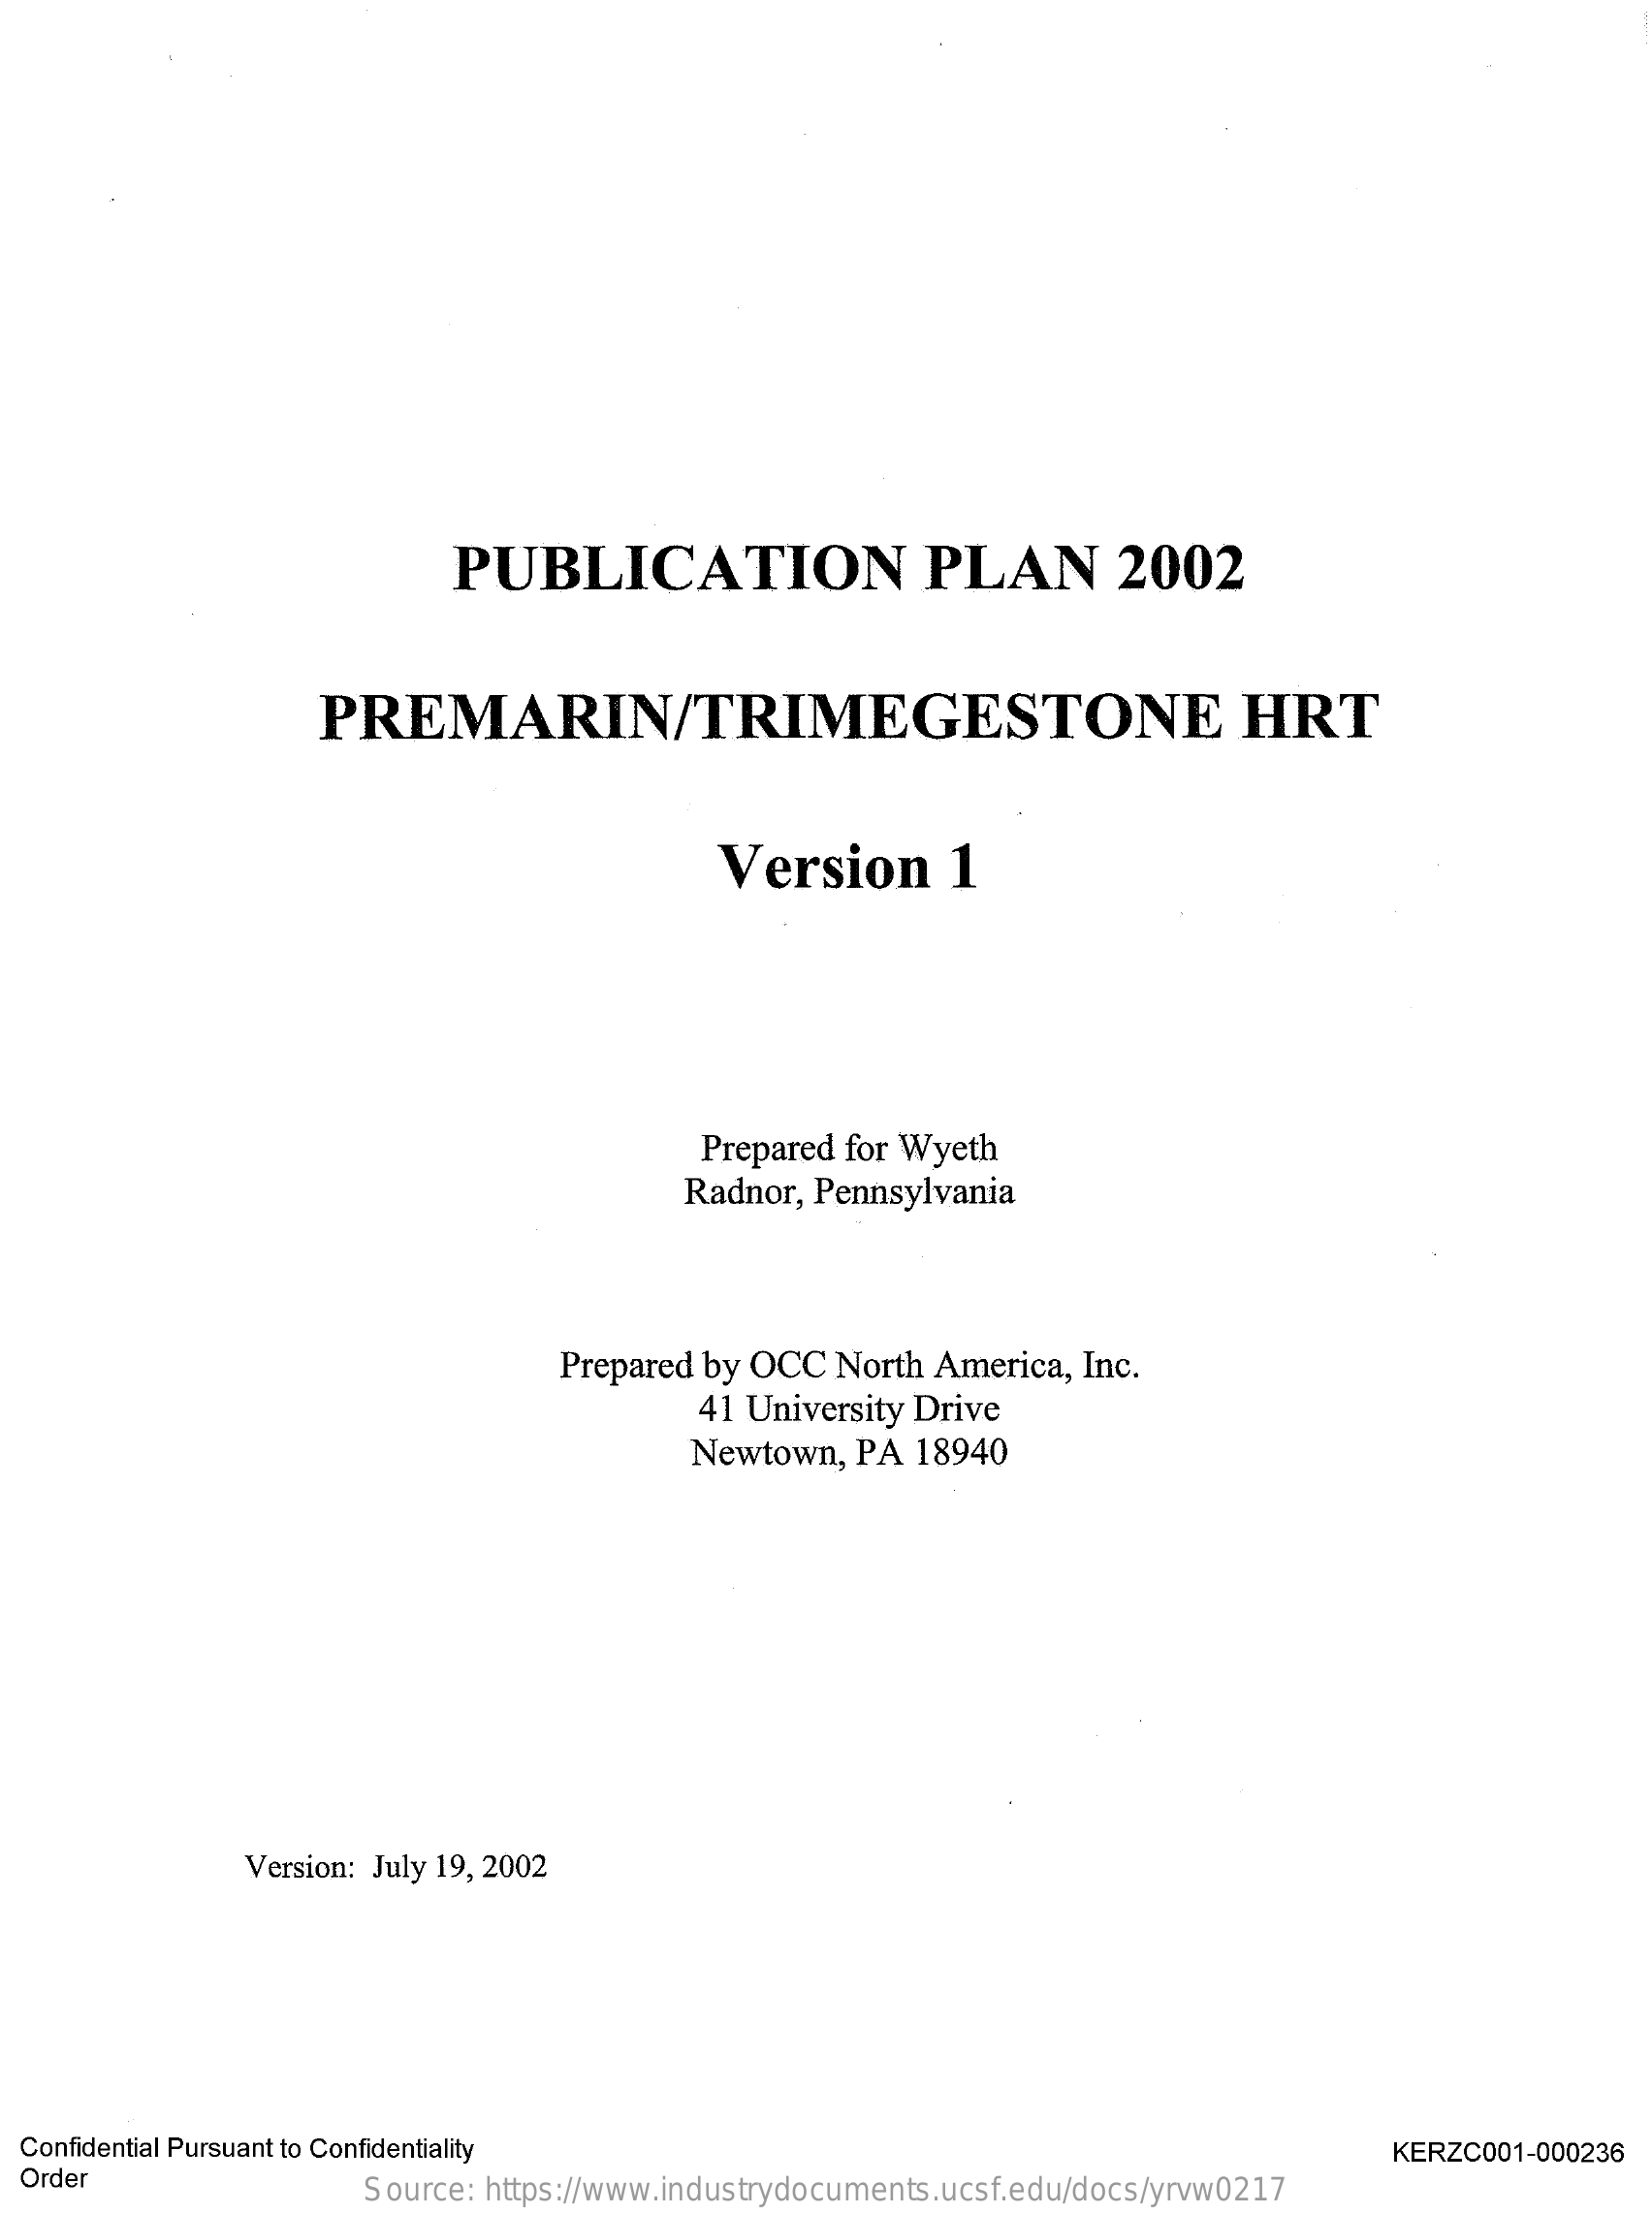
PUBLICATION    PLAN    2002
     PREMARIN/TRIMEGESTONE    HRT
     Version    1
     Prepared for Wyeth
     Radnor, Pennsylvania
     Prepared by OCC  North  America, Inc.
     41 University Drive
     Newtown,  PA  18940
     Version: July 19, 2002
  Confidential Pursuant to Confidentiality
  Order
     KERZC001-000236
     Source: https://www.industrydocuments.ucsf.edu/docs/yrvw0217